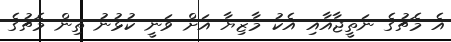
އެ މެޗުގެ ނަތީޖާއާއި އެކު މާޒިޔާ އަށް ވަނީ ކުޅުނު ތިން މެޗުގެ